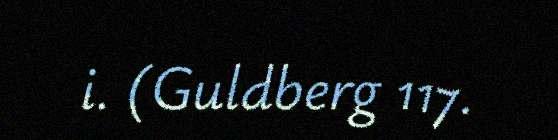
i. (Guldberg 117.